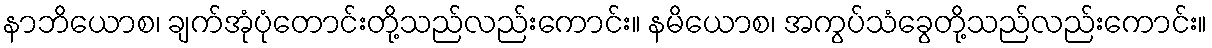
နာဘိယောစ၊ ချက်အုံပုံတောင်းတို့သည်လည်းကောင်း။ နမိယောစ၊ အကွပ်သံခွေတို့သည်လည်းကောင်း။